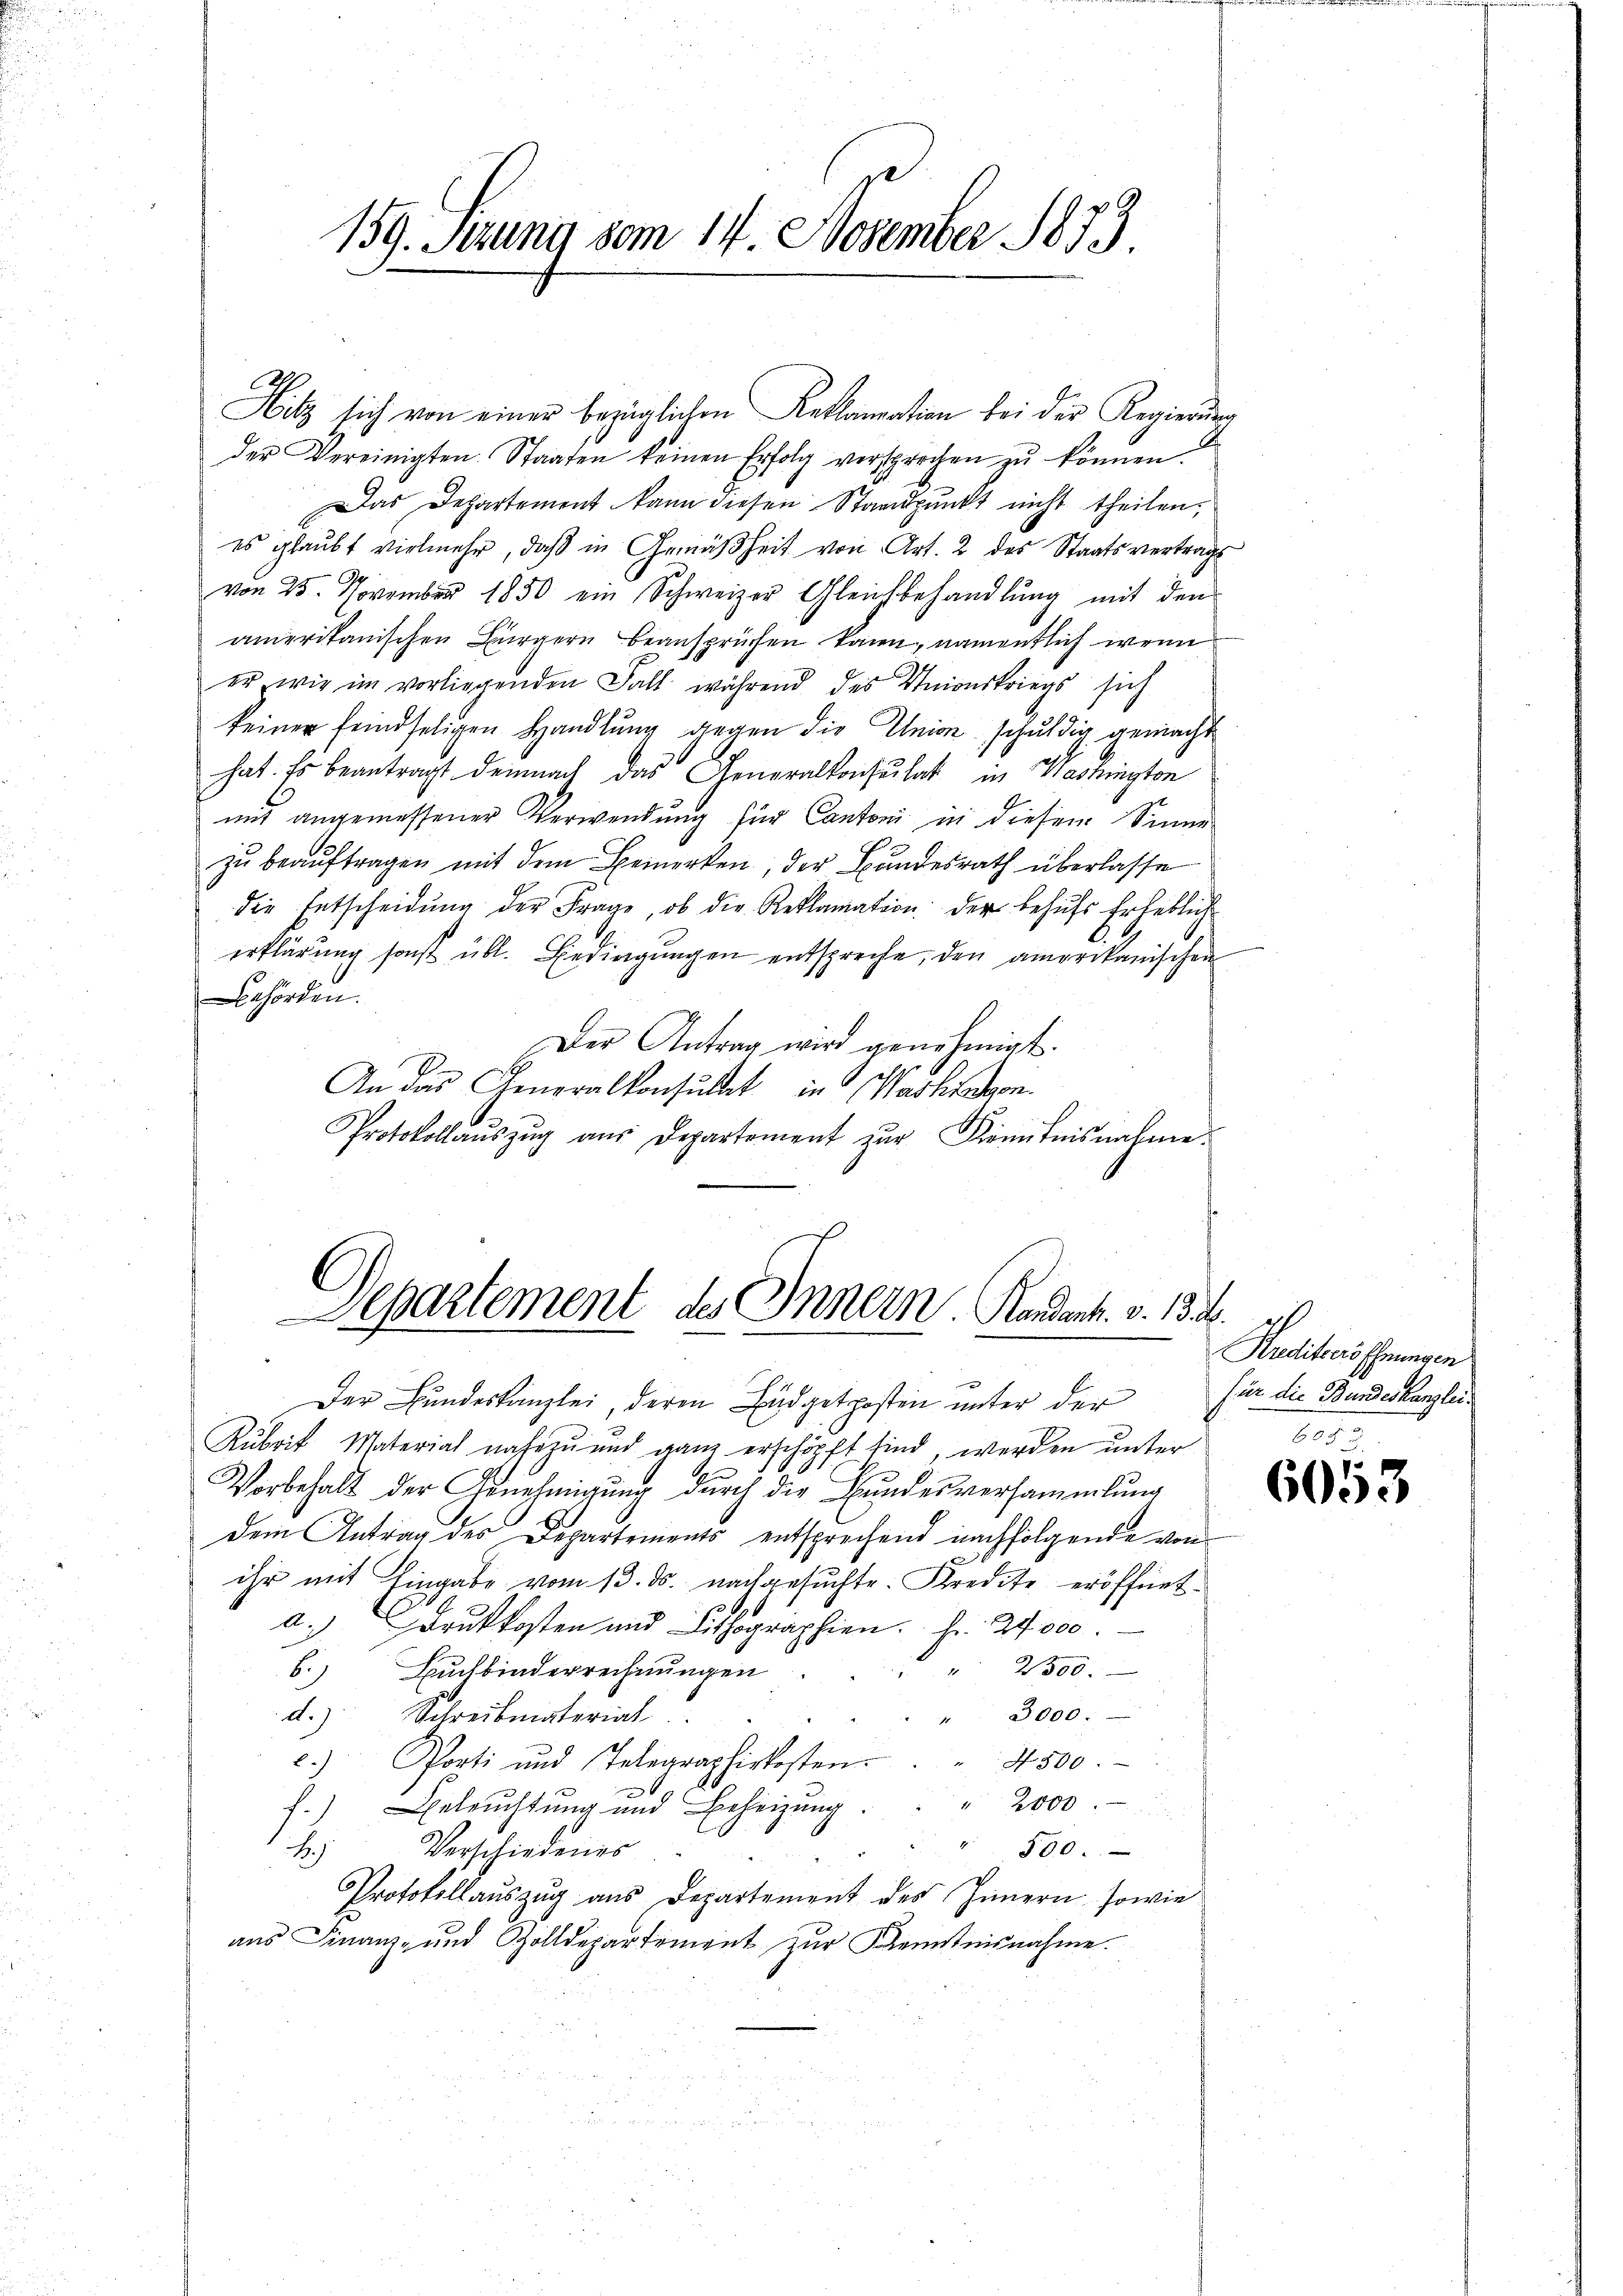
Hitz sich von einer bezüglichen Reklamation bei der Regierung
der Vereinigten Staaten keinen Erfolg versprochen zŭ können.
Das Departement kann diesen Standpunkt nicht theilen.
es glaubt vielmehr, daß in Gemäßheit von Art. 2 des Staatsvertrags
von 25. November 1850 ein Schweizer Gleichbehandlŭng mit den
amerikanischen Bürgern beansprüchen kann, namentlich wenn
er wir im vorliegenden Fall während des Unionskriegs sich
keiner feindseligen Handlung gegen die Union schuldig gemacht
1
hat. Es beantragt demnach das Generalkonsulat in Washington
und angemessener Verwendung für Cantoni in diesem Sinne
zu beauftragen mit dem Bemerken, der Bundesrath überlasse
die Entscheidŭng der Frage, ob die Reklamation der behufs Erheblich
erklärung sonst übl. Bedingŭngen entspreche, den amerikanischen
ehörden.
Der Antrag wird genehmigt.
An das Generalkonsulat in Washingen
.
Protokollaŭszŭg aŭs Departement zur Kenntnisnahme.

159. Ferung vom 14. November 1883

Separtement des Innern. Handant. v. 13. d.
Der Bundeskanzlei, deren Budgetposten unter der für die Bundeskanzlei.

Rubrik, Material nahezu und ganz erschöpft sind, werden unter
Vorbehalt der Genehmigung durch die Bundesversammlung
dem Antrag des Departements entsprechend nachfolgende von
ihr mit Eingabe vom 13. ds. nachgesuchte. Kredite eröffnet.
d.) Druckkosten und Lithographien. Fr. 24000.
" 2300.
b) Buchbinderrechnungen
3000.
d.) Schreibmaterial
c.) Porti und Telegraphirkosten.
N 500.
2000.
f.) Beleuchtung und Beheizung
Verschiedenes
500.
B.
Protokollauszug aus Departement des Innern, sowie
aus Finanz- und Zolldepartement zur Kenntnisnahme.

1
Krediteröffnungen
605

6053